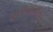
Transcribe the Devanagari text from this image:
गौरीबाजार